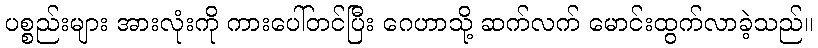
ပစ္စည်းများ အားလုံးကို ကားပေါ်တင်ပြီး ဂေဟာသို့ ဆက်လက် မောင်းထွက်လာခဲ့သည်။